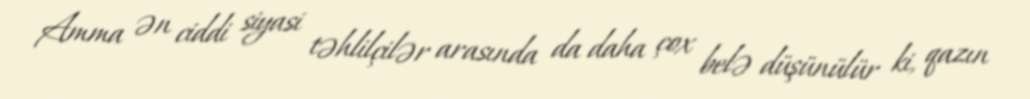
Amma ən ciddi siyasi təhlilçilər arasında da daha çox belə düşünülür ki, qazın